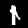
Digit: 1